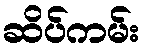
ဆိပ်ကမ်း